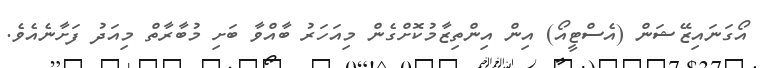
އޯގަނައިޒޭޝަން (އެސްޓީއޯ) އިން އިންތިޒާމުކޮށްގެން މިއަހަރު ބާއްވާ ބަށި މުބާރާތް މިއަދު ފަށާނެއެވެ.